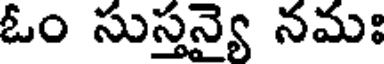
ఓం సుస్తన్యై నమః